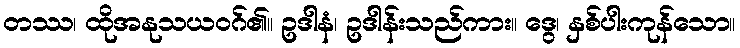
တဿ၊ ထိုအနုသယဝဂ်၏။ ဥဒါနံ၊ ဥဒါန်းသည်ကား။ ဒွေ၊ နှစ်ပါးကုန်သော။